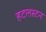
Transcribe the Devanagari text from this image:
हटलस्टन